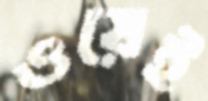
ওয়েই